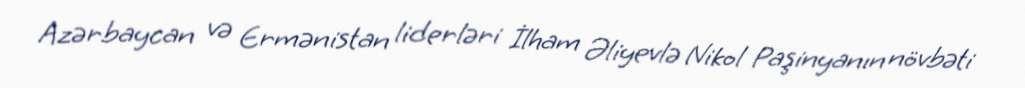
Azərbaycan və Ermənistan liderləri İlham Əliyevlə Nikol Paşinyanın növbəti